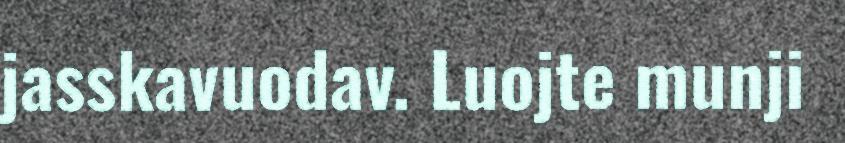
jasskavuodav. Luojte munji